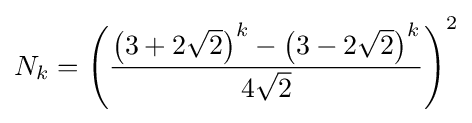
\displaystyle N_{k}=\left({\frac {\left(3+2{\sqrt {2}}\right)^{k}-\left(3-2{\sqrt {2}}\right)^{k}}{4{\sqrt {2}}}}\right)^{2}